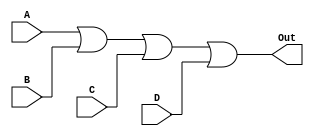
module OR_Gate (
    input A, B, C, D,
    output Out
);

assign Out = A | B | C | D;

endmodule